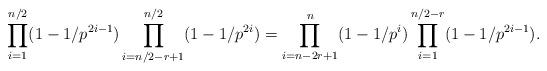
LaTeX: \begin{align*}\prod_{i=1}^{n/2} (1-1/p^{2i-1}) \prod_{i=n/2-r+1}^{n/2} (1-1/p^{2i})= \prod_{i=n-2r+1}^n (1-1/p^i) \prod_{i=1}^{n/2-r} (1-1/p^{2i-1}).\end{align*}